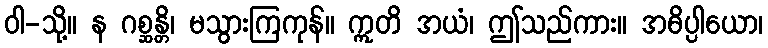
ဝါ-သို့။ န ဂစ္ဆန္တိ၊ မသွားကြကုန်။ ဣတိ အယံ၊ ဤသည်ကား။ အဓိပ္ပါယော၊